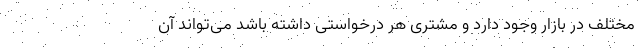
مختلف در بازار وجود دارد و مشتری هر درخواستی داشته باشد می‌تواند آن